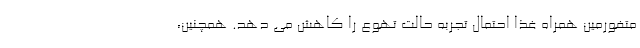
متفورمین همراه غذا احتمال تجربه حالت تهوع را کاهش می دهد. همچنین،